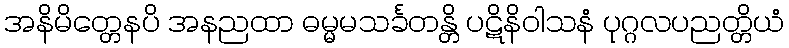
အနိမိတ္တေနပိ အနညထာ ဓမ္မမသင်္ခတန္တိ ပဋိနိဝါသနံ ပုဂ္ဂလပညတ္တိယံ